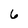
Character: 6